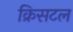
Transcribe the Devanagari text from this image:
क्रिसटल